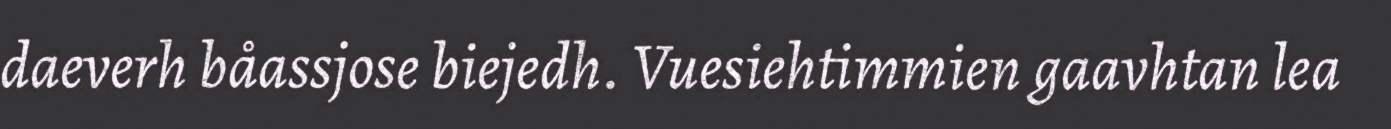
daeverh båassjose biejedh. Vuesiehtimmien gaavhtan lea